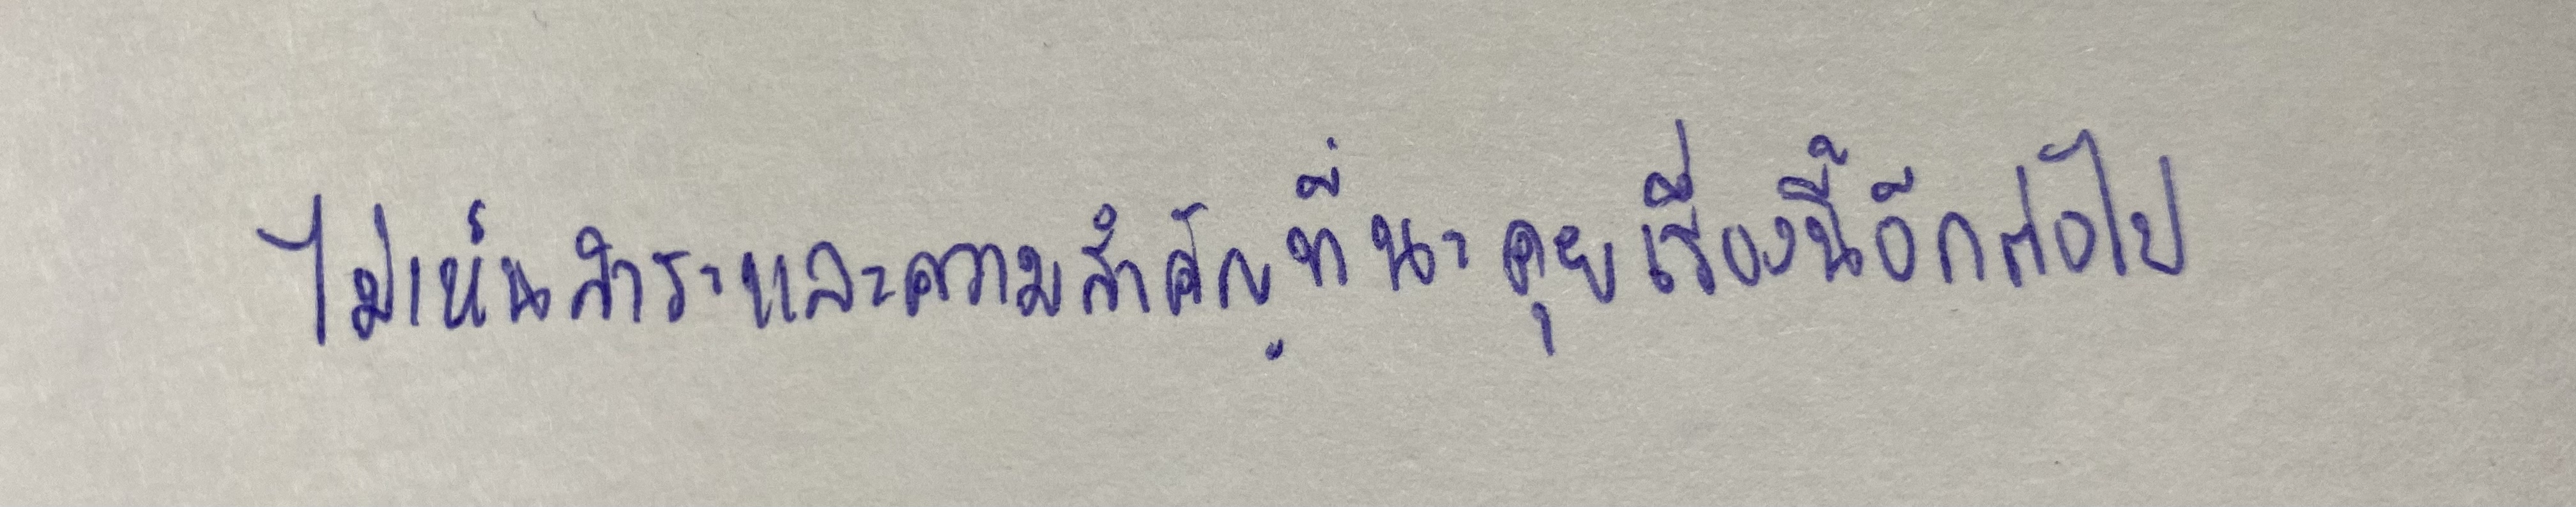
ไม่เห็นสาระและความสำคัญที่นะคุยเรื่องนี้อีกต่อไป